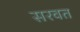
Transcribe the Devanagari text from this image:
सरवत